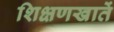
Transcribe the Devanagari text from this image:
शिक्षणखातें